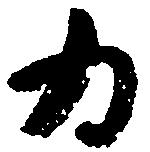
為